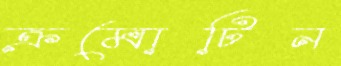
ক্রমোটিন